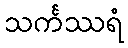
သင်္ကဿရံ